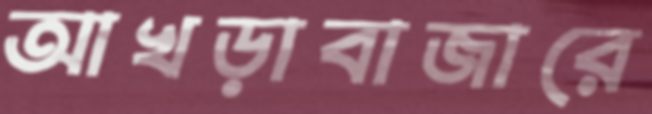
আখড়াবাজারে